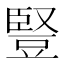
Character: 豎